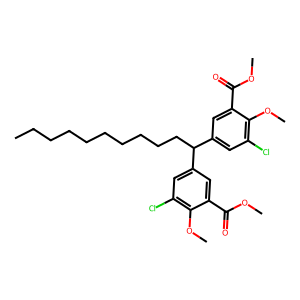
SMILES: CCCCCCCCCCC(c1cc(Cl)c(OC)c(C(=O)OC)c1)c1cc(Cl)c(OC)c(C(=O)OC)c1
Inhibits HIV replication: No